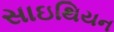
સાઇથિયન